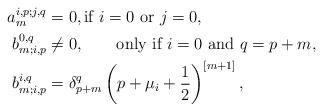
LaTeX: \begin{align*} a_m^{i,p;j,q}&=0,\textrm{if} \ i=0\ \textrm{or}\ j=0, \\ b^{0,q}_{m;i,p}&\neq 0, \qquad\textrm{only if}\ i=0\ \textrm{and}\ q=p+m, \\b^{i,q}_{m;i,p}&= \delta^q_{p+m} \left( p+\mu_i+\frac12 \right)^{[m+1]},\end{align*}